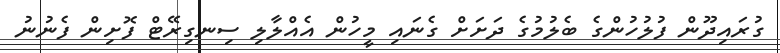
ގުރައިދޫން ފުލުހުންގެ ބެލުމުގެ ދަށަށް ގެނައި މީހުން އެއްލާލި ސިނގިރޭޓް ފޮށިން ފެނުނު